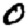
Digit: 0